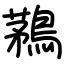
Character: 鶜